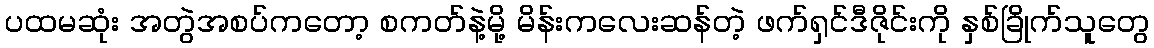
ပထမဆုံး အတွဲအစပ်ကတော့ စကတ်နဲ့မို့ မိန်းကလေးဆန်တဲ့ ဖက်ရှင်ဒီဇိုင်းကို နှစ်ခြိုက်သူတွေ